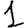
Digit: 1